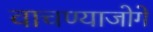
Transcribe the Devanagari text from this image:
वाचण्याजोगे